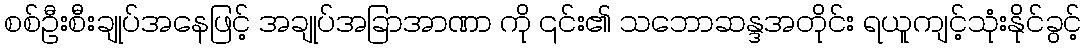
စစ်ဦးစီးချုပ်အနေဖြင့် အချုပ်အခြာအာဏာ ကို ၎င်း၏ သဘောဆန္ဒအတိုင်း ရယူကျင့်သုံးနိုင်ခွင့်